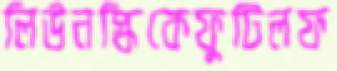
লিউনস্কিকেফুটিলফ